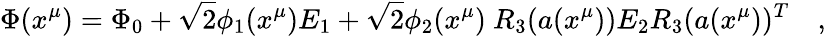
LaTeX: \Phi(x^{\mu})=\Phi_{0}+\sqrt{2}\phi_{1}(x^{\mu})E_{1}+\sqrt{2}\phi_{2}(x^{\mu})~R_{3}(a(x^{\mu}))E_{2}R_{3}(a(x^{\mu}))^{T}\quad,